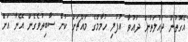
އެގޮތުން ދައުލަތުން ދައުވާ އުފުލި ހުމާމްގެ މައްޗަށް ކުށް ސާބިތުވެގެން އޭނާ އަށް